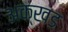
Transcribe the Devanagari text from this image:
अक्खड